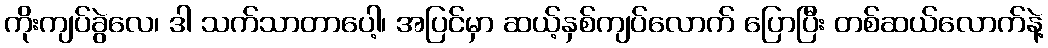
ကိုးကျပ်ခွဲလေ၊ ဒါ သက်သာတာပေါ့၊ အပြင်မှာ ဆယ့်နှစ်ကျပ်လောက် ပြောပြီး တစ်ဆယ်လောက်နဲ့